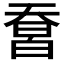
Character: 𤾄